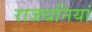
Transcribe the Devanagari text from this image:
राजधनियां